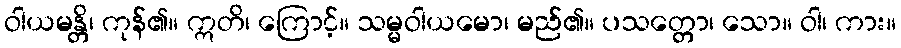
ဝါယမန္တိ၊ ကုန်၏။ ဣတိ၊ ကြောင့်။ သမ္မဝါယမော၊ မည်၏။ ပသတ္တော၊ သော။ ဝါ၊ ကား။